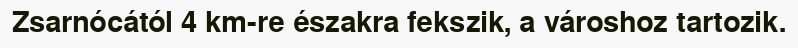
Zsarnócától 4 km-re északra fekszik, a városhoz tartozik.